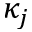
\kappa _ { j }